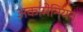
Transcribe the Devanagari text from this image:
अकामेनियन